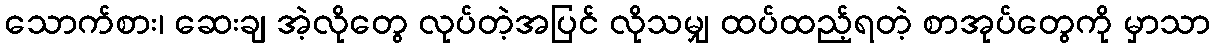
သောက်စား၊ ဆေးချ အဲ့လိုတွေ လုပ်တဲ့အပြင် လိုသမျှ ထပ်ထည့်ရတဲ့ စာအုပ်တွေကို မှာသာ